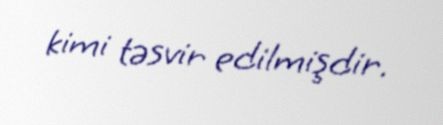
kimi təsvir edilmişdir.